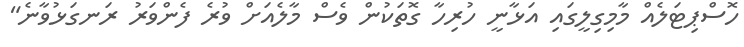
ހޮސްޕިޓަލެއް މާމިގިލީގައި އަޅާނީ ހުރިހާ ގޮތަކުން ވެސް މާލެއަށް ވުރެ ފެންވަރު ރަނގަޅުވާނެ"